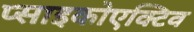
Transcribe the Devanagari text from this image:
प्साइकोएक्टिव